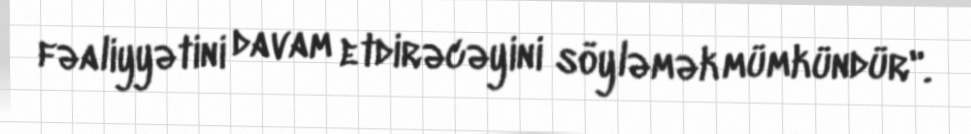
fəaliyyətini davam etdirəcəyini söyləmək mümkündür".